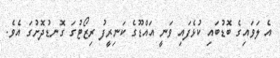
އެ ލަވައިގެ ބޮޑުބައި ކުޅެފައި ވަނީ އައްޑޫގެ ކަނިރީފު ރިޒޯޓުގަ ގޮނޑުދޮށުގަ އެވެ.